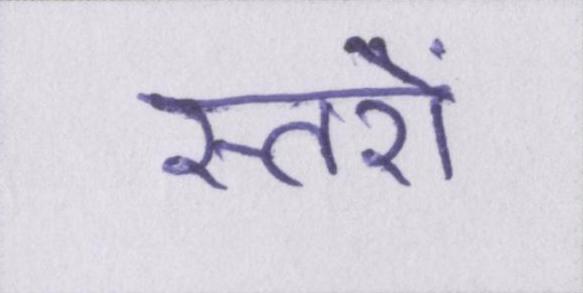
स्तरों